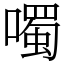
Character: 噣